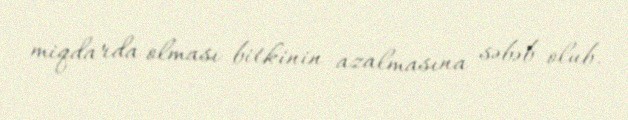
miqdarda olması bitkinin azalmasına səbəb olub.